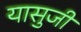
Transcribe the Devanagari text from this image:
यासुजी